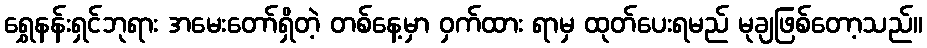
ရွှေနန်းရှင်ဘုရား အမေးတော်ရှိတဲ့ တစ်နေ့မှာ ဝှက်ထား ရာမှ ထုတ်ပေးရမည် မုချဖြစ်တော့သည်။